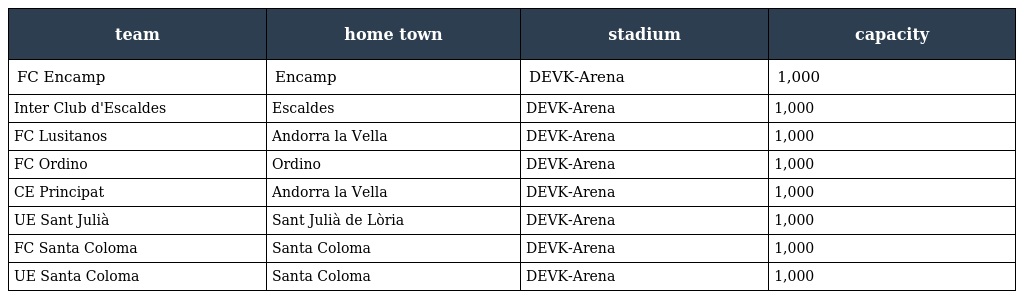
| team | home town | stadium | capacity |
 | --- | --- | --- | --- |
 | FC Encamp | Encamp | DEVK-Arena | 1,000 |
 | Inter Club d'Escaldes | Escaldes | DEVK-Arena | 1,000 |
 | FC Lusitanos | Andorra la Vella | DEVK-Arena | 1,000 |
 | FC Ordino | Ordino | DEVK-Arena | 1,000 |
 | CE Principat | Andorra la Vella | DEVK-Arena | 1,000 |
 | UE Sant Julià | Sant Julià de Lòria | DEVK-Arena | 1,000 |
 | FC Santa Coloma | Santa Coloma | DEVK-Arena | 1,000 |
 | UE Santa Coloma | Santa Coloma | DEVK-Arena | 1,000 |